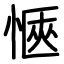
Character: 愜